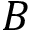
B